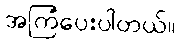
အကြံပေးပါတယ်။